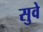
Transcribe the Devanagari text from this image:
सुवे